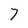
Character: 7